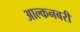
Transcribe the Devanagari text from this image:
आल्कनबरी